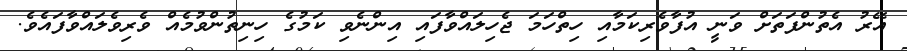
އޭރު އެތުންފަތަށް ވަނީ އުފާވެރިކަމާއި ހިތްހަމަ ޖެހިލައްވާފައި އިންނެވި ކަމުގެ ހިނިތުންވުމެއް ވެރިވެލައްވާފައެވެ.